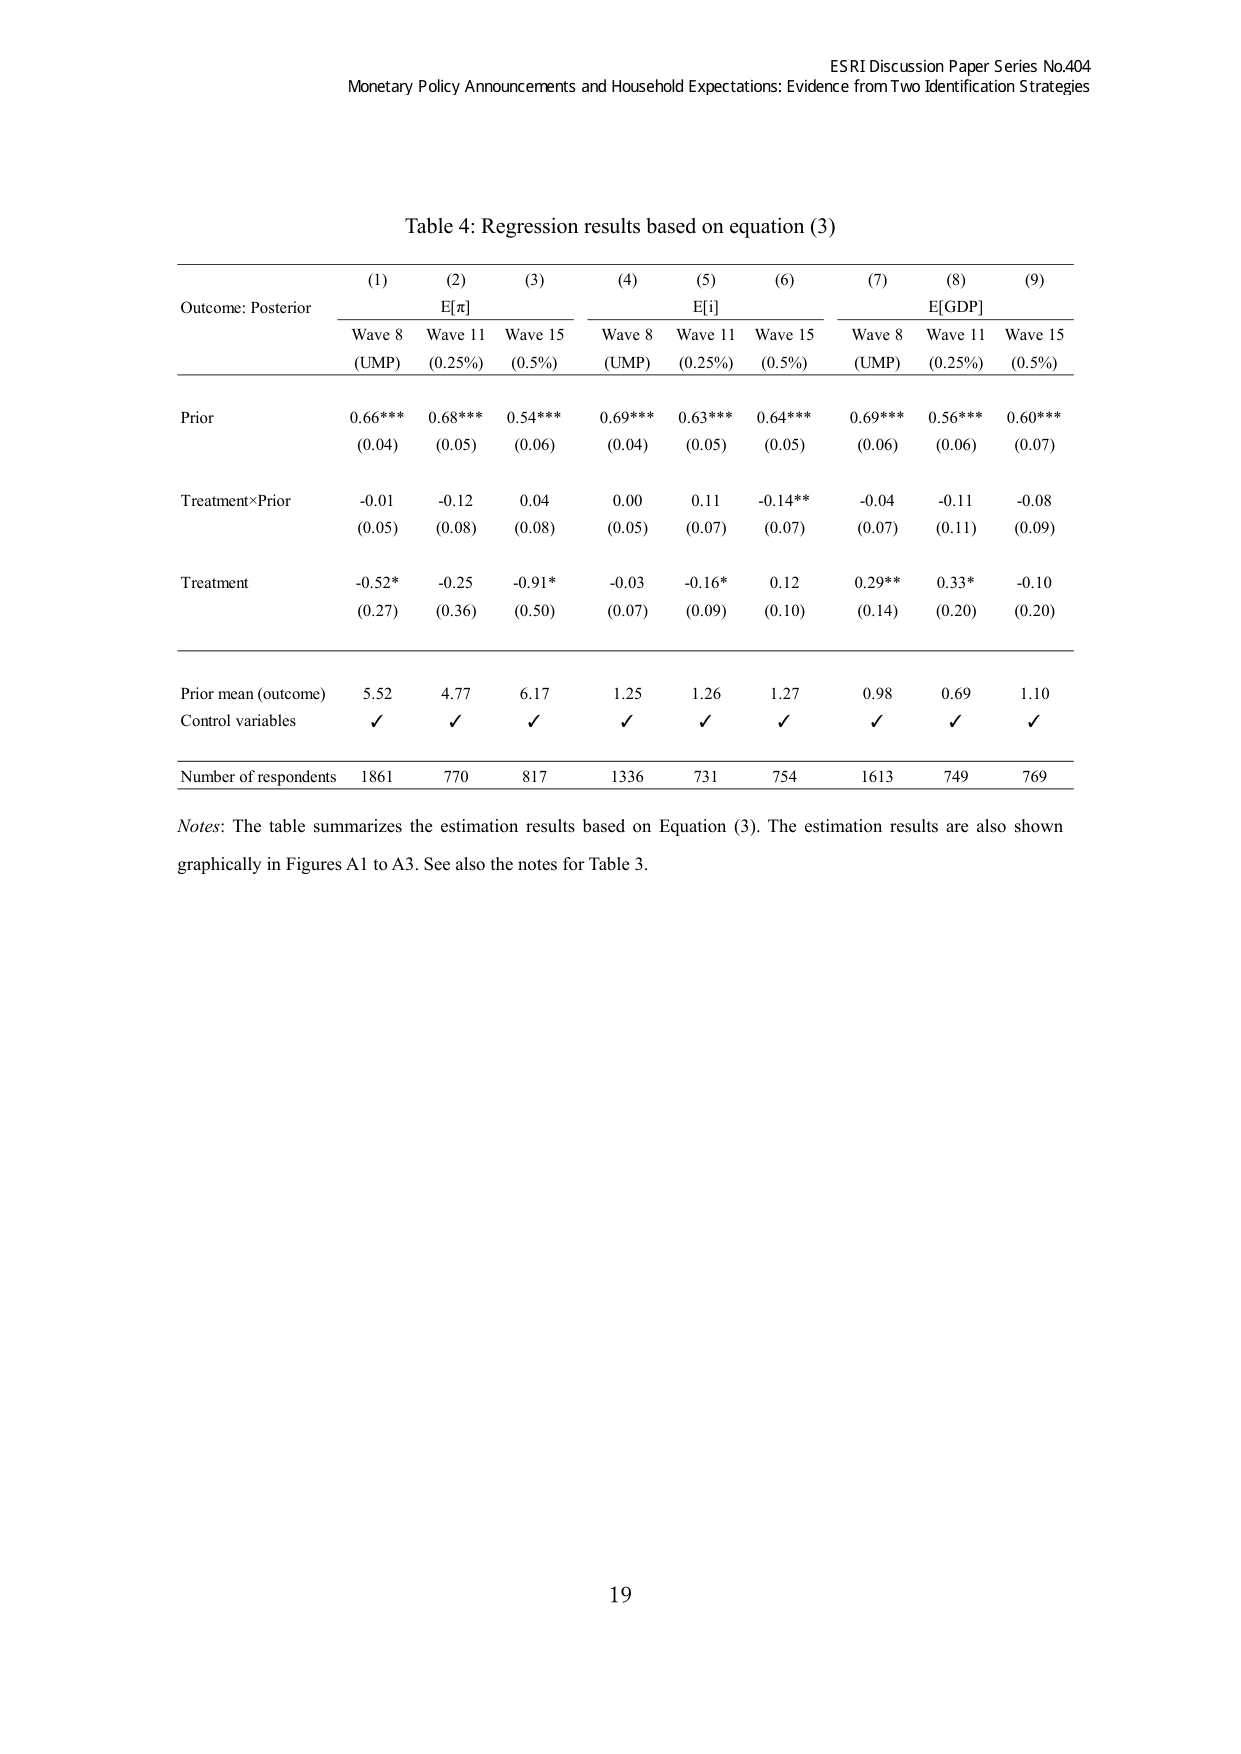
ESRI Discussion Paper Series No.404
Monetary Policy Announcements and Household Expectations: Evidence from Two Identification Strategies

Table 4: Regression results based on equation (3)

Outcome: Posterior
(1) Wave 8 (UMP)
(2) E[π] Wave 11 (0.25%)
(3) Wave 15 (0.5%)
(4) Wave 8 (UMP)
(5) E[i] Wave 11 (0.25%)
(6) Wave 15 (0.5%)
(7) Wave 8 (UMP)
(8) E[GDP] Wave 11 (0.25%)
(9) Wave 15 (0.5%)

Prior
0.66*** (0.04)
0.68*** (0.05)
0.54*** (0.06)
0.69*** (0.04)
0.63*** (0.05)
0.64*** (0.05)
0.69*** (0.06)
0.56*** (0.06)
0.60*** (0.07)

Treatment×Prior
-0.01 (0.05)
-0.12 (0.08)
0.04 (0.08)
0.00 (0.05)
0.11 (0.07)
-0.14** (0.07)
-0.04 (0.07)
-0.11 (0.11)
-0.08 (0.09)

Treatment
-0.52* (0.27)
-0.25 (0.36)
-0.91* (0.50)
-0.03 (0.07)
-0.16* (0.09)
0.12 (0.10)
0.29** (0.14)
0.33* (0.20)
-0.10 (0.20)

Prior mean (outcome)
5.52
4.77
6.17
1.25
1.26
1.27
0.98
0.69
1.10

Control variables
✓
✓
✓
✓
✓
✓
✓
✓
✓

Number of respondents
1861
770
817
1336
731
754
1613
749
769

Notes: The table summarizes the estimation results based on Equation (3). The estimation results are also shown graphically in Figures A1 to A3. See also the notes for Table 3.

19